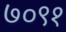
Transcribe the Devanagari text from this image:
७०९१